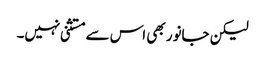
لیکن جانور بھی اس سے مستثنی نہیں۔